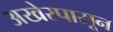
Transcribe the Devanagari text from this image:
अखेरपासून